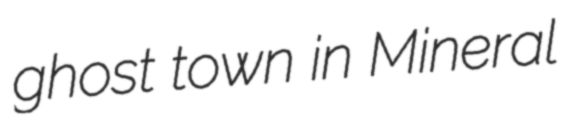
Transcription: ghost town in Mineral